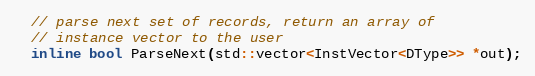
Language: C++
  // parse next set of records, return an array of
  // instance vector to the user
  inline bool ParseNext(std::vector<InstVector<DType>> *out);